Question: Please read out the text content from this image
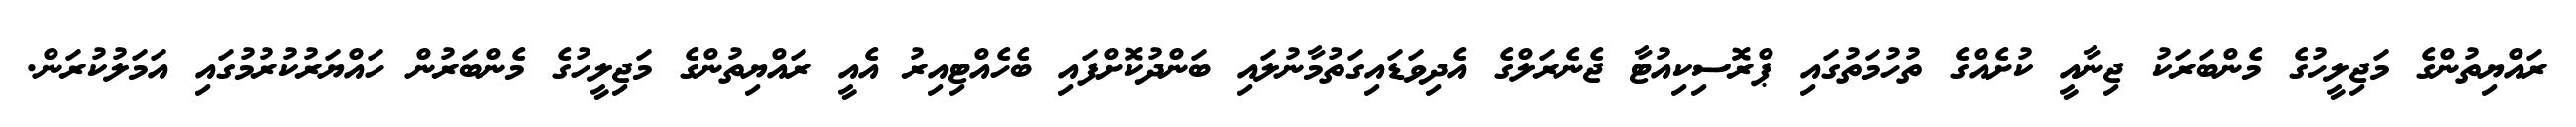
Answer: ރައްޔިތުންގެ މަޖިލީހުގެ މެންބަރަކު ޖިނާއީ ކުށެއްގެ ތުހުމަތުގައި ޕްރޮސިކިއުޓާ ޖެނެރަލްގެ އެދިވަޑައިގަތުމާނުލައި ބަންދުކޮށްފައި ބެހެއްޓިއިރު އެއީ ރައްޔިތުންގެ މަޖިލީހުގެ މެންބަރުން ހައްޔަރުކުރުމުގައި އަމަލުކުރަން.